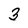
Character: 3